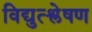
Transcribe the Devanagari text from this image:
विद्युत्श्लेषण